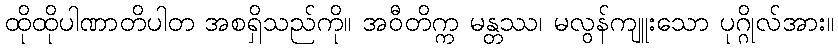
ထိုထိုပါဏာတိပါတ အစရှိသည်ကို။ အဝီတိက္က မန္တဿ၊ မလွန်ကျူးသော ပုဂ္ဂိုလ်အား။